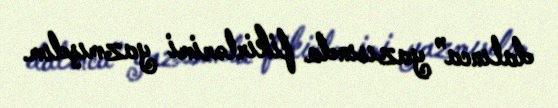
dalınca” yazısında fikirlərimi yazmışdım.